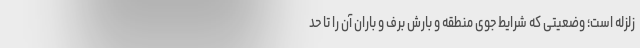
زلزله است؛ وضعیتی که شرایط جوی منطقه و بارش برف و باران آن را تا حد